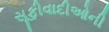
સૂફીવાદીઓની